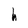
Character: h